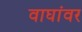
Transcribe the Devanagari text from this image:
वाघांवर